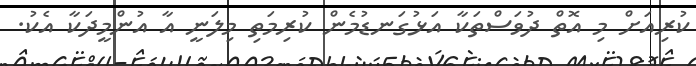
ކުރިއަށް މި އޮތް ދުވަސްތަކާ އަޅުގަނޑުމެން ކުރިމަތި މިލަނީ އާ އުންމީދަކާ އެކު.